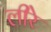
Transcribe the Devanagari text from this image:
लीरे